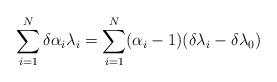
LaTeX: \begin{align*}\sum_{i=1}^{N} \delta \alpha_{i} \lambda_{i} = \sum_{i=1}^{N}(\alpha_i-1)( \delta \lambda_{i} - \delta \lambda_{0})\end{align*}